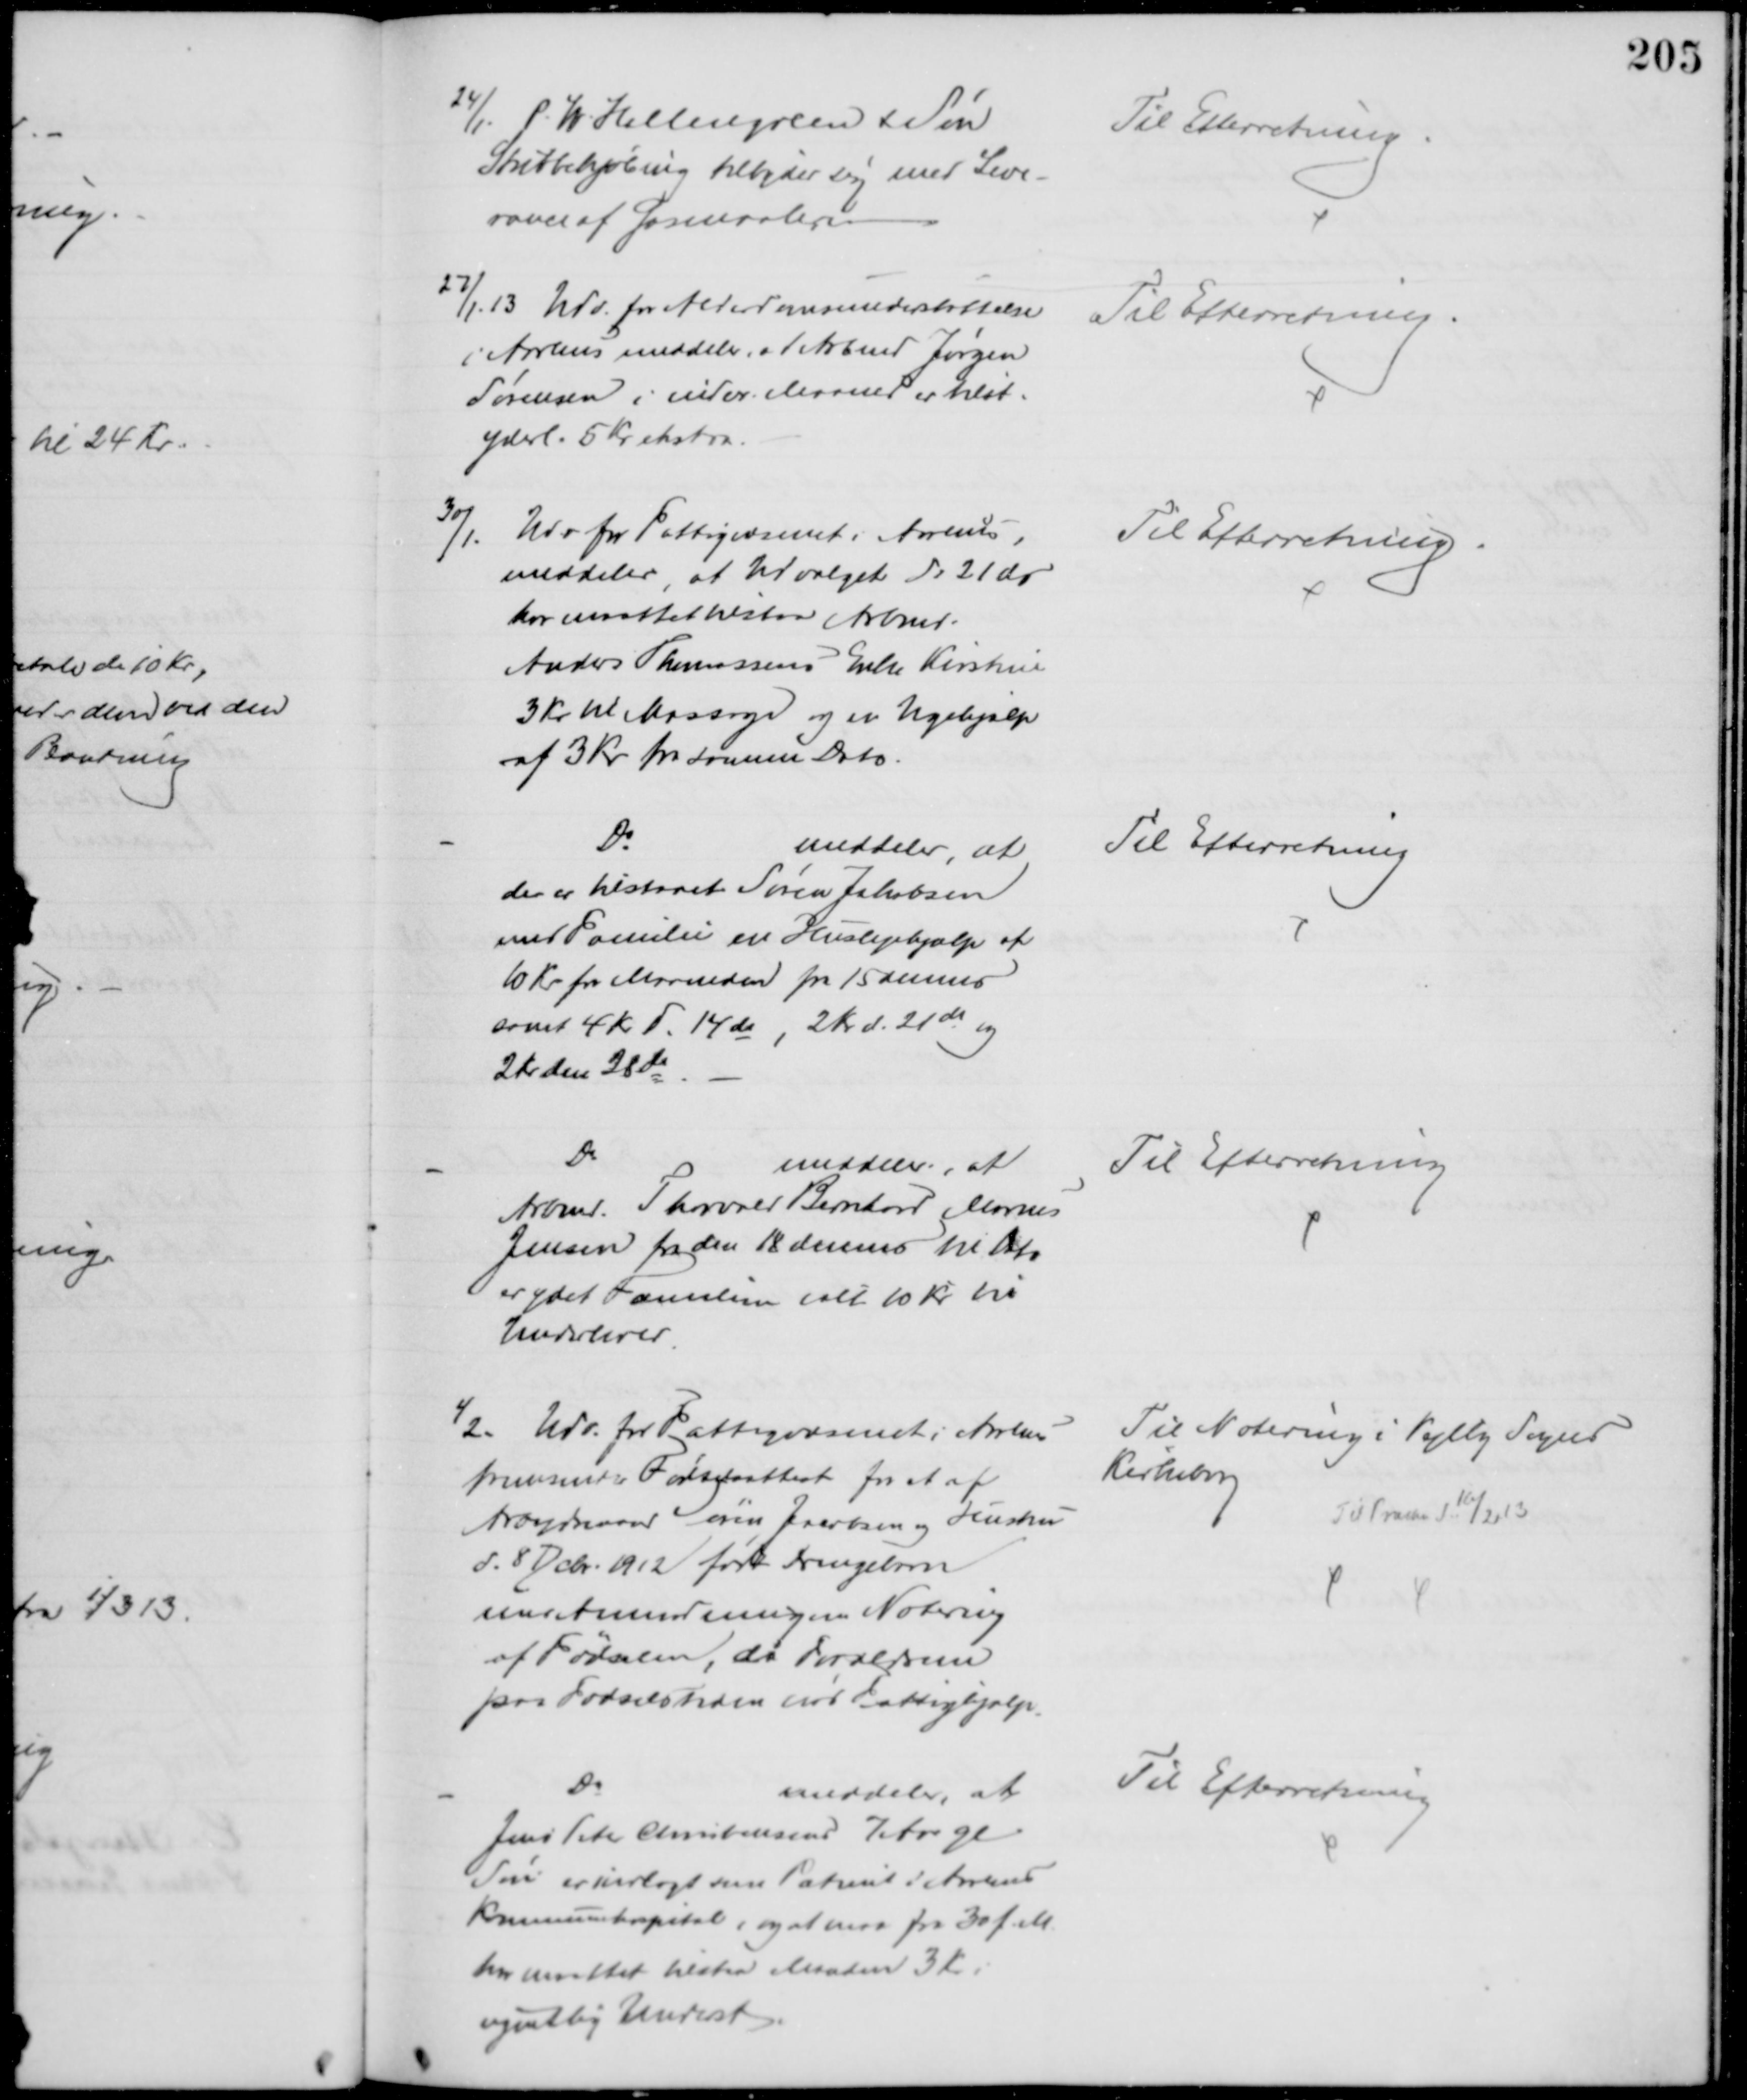
Transskription:
24/1. P. H. Hallengreen & Søn
Stubbekjøbing tilbyder sig med Leve-
rance af Gasmaalere
Til Efterretning.
27/1.13. Udv. for Alderdomsunderstøttelse
i Aarhus meddeler, at Arbmd Jørgen
Sørensen i indev. Maaned er tilst.
yderl. 5 Kr ekstra.
Til Efterretning.
30/1. Udv for Fattigvæsenet i Aarhus,
meddeler, at Udvalget d: 21 ds
har maattet tilstaa Arbmd.
Anders Thomassens Enke Kirstine
3 Kr. til Massage og en Ugehjælp
af 3 Kr fra samme Dato.
Til Efterretning.
Do
meddeler, at
der er tilstaaet Søren Jakobsen
med Familie en Huslejehjælp af
10 Kr for Maaneden fra 15 dennes
samt 4 Kr d. 14de, 2 Kr. d. 21de og
2 Kr den 28de
Til Efterretning
Do
meddeler, at
Arbmd. Thorvald Bernhard Marius
Jensen fra den 18 dennes til Dato
er ydet Familien ialt 10 Kr til
Underhold.
Til Efterretning
1/2. Udv. for Fattigvæsenet i Aarhus
fremsender Fødselsattest for et af
Arbejdsmand Søren Jacobsen og Hustru
d. 8 Dcbr. 1912 født Drengebarn
med Anmodning om Notering
af Fødselen, da Faderen
paa Fødselstiden nød Fattighjælp.
Til Notering i Vejlby Sogns
Kirkebog
Til Præsten d. 16/2 13
Do
meddeler, at
Jens Peter Christensens 7 Aar gl
Søn er indlagt som Patient i Aarhus
Kommunehospital, og at man fra 30 f. M.
har maattet tilstra Manden 3 Kr.
ugentlig Underst.
Til Efterretning